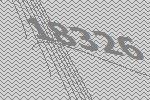
18326